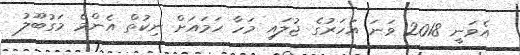
އެވަނީ 2018 ވަނަ އަހަރުގެ ޖުލައި މަހާ ހަމައަށް ނިކުތް އެންމެ މަގުބޫލު